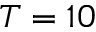
T = 1 0